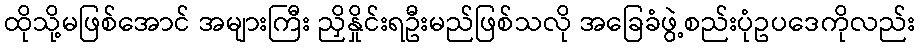
ထိုသို့မဖြစ်အောင် အများကြီး ညှိနှိုင်းရဦးမည်ဖြစ်သလို အခြေခံဖွဲ့စည်းပုံဥပဒေကိုလည်း